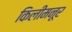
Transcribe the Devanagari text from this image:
किलीमनूर